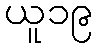
ယူ၁၉